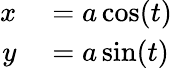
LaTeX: \begin{array}{rl}{x}&{{}=a\cos(t)}\\ {y}&{{}=a\sin(t)}\end{array}